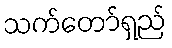
သက်တော်ရှည်